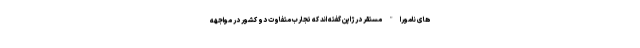
های نامورا" مستقر در ژاپن گفته اند که تجارب متفاوت دو کشور در مواجهه